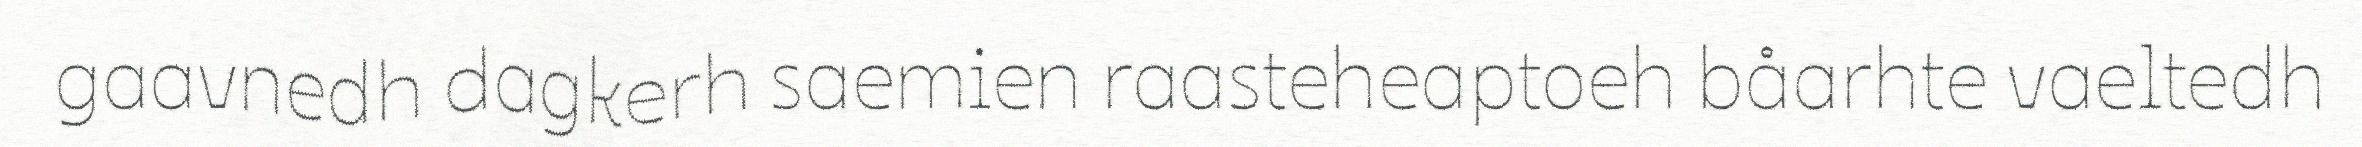
gaavnedh dagkerh saemien raasteheaptoeh båarhte vaeltedh